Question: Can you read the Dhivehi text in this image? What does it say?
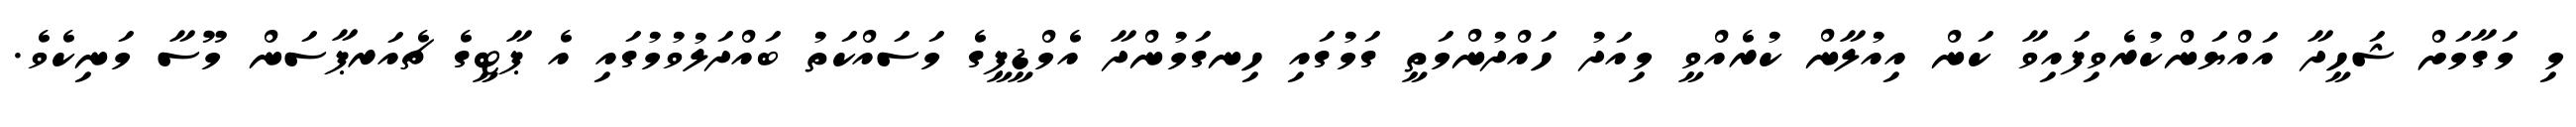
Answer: މި މަގާމަށް ޝަހީދާ އައްޔަންކުރެވިފައިވާ ކަން އިއުލާން ކުރެއްވީ މިއަދު ހައްދުންމަތީ ގަމުގައި ހިނގަމުންދާ އެމްޑީޕީގެ މަސައްކަތު ބައްދަލުވުމުގައި އެ ޕާޓީގެ ޗެއަރޕާސަން މޫސާ މަނިކެވެ.